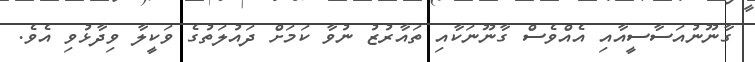
ގާނޫނުއަސާސީއާއި އެއްވެސް ގާނޫނަކާއި ތައާރުޒު ނުވާ ކަމަށް ދައުލަތުގެ ވަކީލާ ވިދާޅުވި އެވެ.